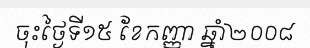
ចុះថ្ងៃទី១៥ ខែកញ្ញា ឆ្នាំ២០០៨